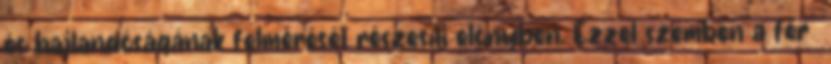
és hajlandóságának felmérését részesíti előnyben. Ezzel szemben a férﬁ